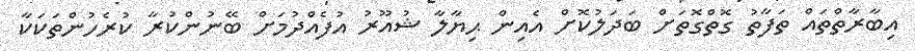
އިބާރާތްތައް ތަފާތު ގޮތްގޮތަށް ބަދަލުކޮށް އެއިން ޙިޔާލާ ޝުއޫރު އުފެއްދުމަށް ބޭނުންކުރާ ކުރެހުންތަކަކާ